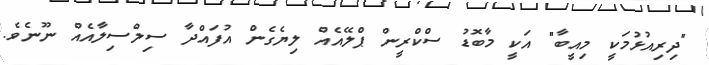
"ދިރިއުޅުމަކީ މިއީބާ" އަކީ މާބޮޑު ސްކްރީން ޕްލޭއެއް ލިޔެގެން އުފައްދާ ސިލްސިލާއެއް ނޫނެވެ.